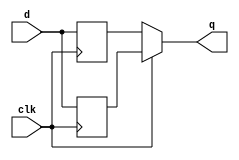
module top_module (
    input clk,
    input d,
    output q
);
    reg q1,q2;
    always @(posedge clk) 
        q1 <= d;
    
    always @(negedge clk) 
        q2 <= d;
    
    always @(clk) begin
        q <= clk ? q1 : q2;
    end
    
endmodule